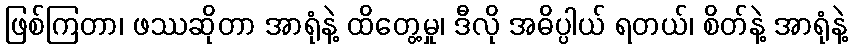
ဖြစ်ကြတာ၊ ဖဿဆိုတာ အာရုံနဲ့ ထိတွေ့မှု၊ ဒီလို အဓိပ္ပါယ် ရတယ်၊ စိတ်နဲ့ အာရုံနဲ့